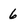
Character: 6